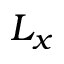
L _ { x }